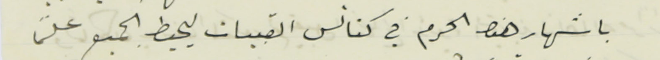
باشهار هذا الحرم في كنانس القبيات ليحيط الجميع علمًا